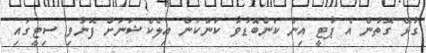
ގުޅޭ ގޮތުން އެ ޕާޓީ އިން ކަންބޮޑުވާ ކަންކަން އިލެކްޝަނަށް ފޮނުވި ސިޓީގައި